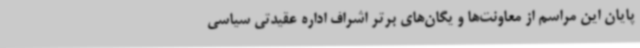
پایان این مراسم از معاونت‌ها و یگان‌های برتر اشراف اداره عقیدتی سیاسی